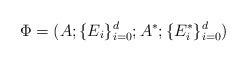
LaTeX: \begin{align*}\Phi=(A; \{E_i\}^d_{i=0}; A^*; \{E^*_i\}^d_{i=0})\end{align*}